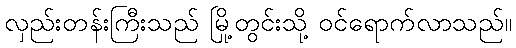
လှည်းတန်းကြီးသည် မြို့တွင်းသို့ ဝင်ရောက်လာသည်။